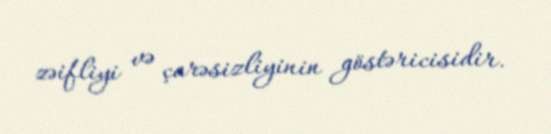
zəifliyi və çarəsizliyinin göstəricisidir.